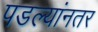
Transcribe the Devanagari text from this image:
पडल्यांनतर